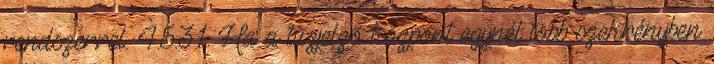
rendszerrel. 4.5.3.1. Ha a tûzjelzõ központ egynél több szekrényben